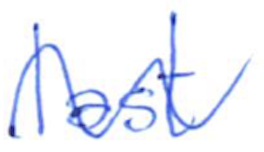
Text: last
Cross-out: wave
Writing tool: ballpoint